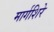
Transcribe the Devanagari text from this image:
मार्गशिरे